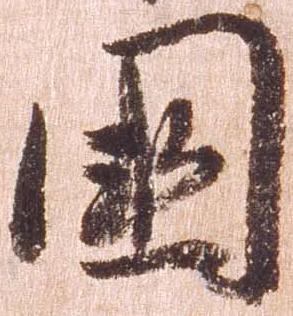
国